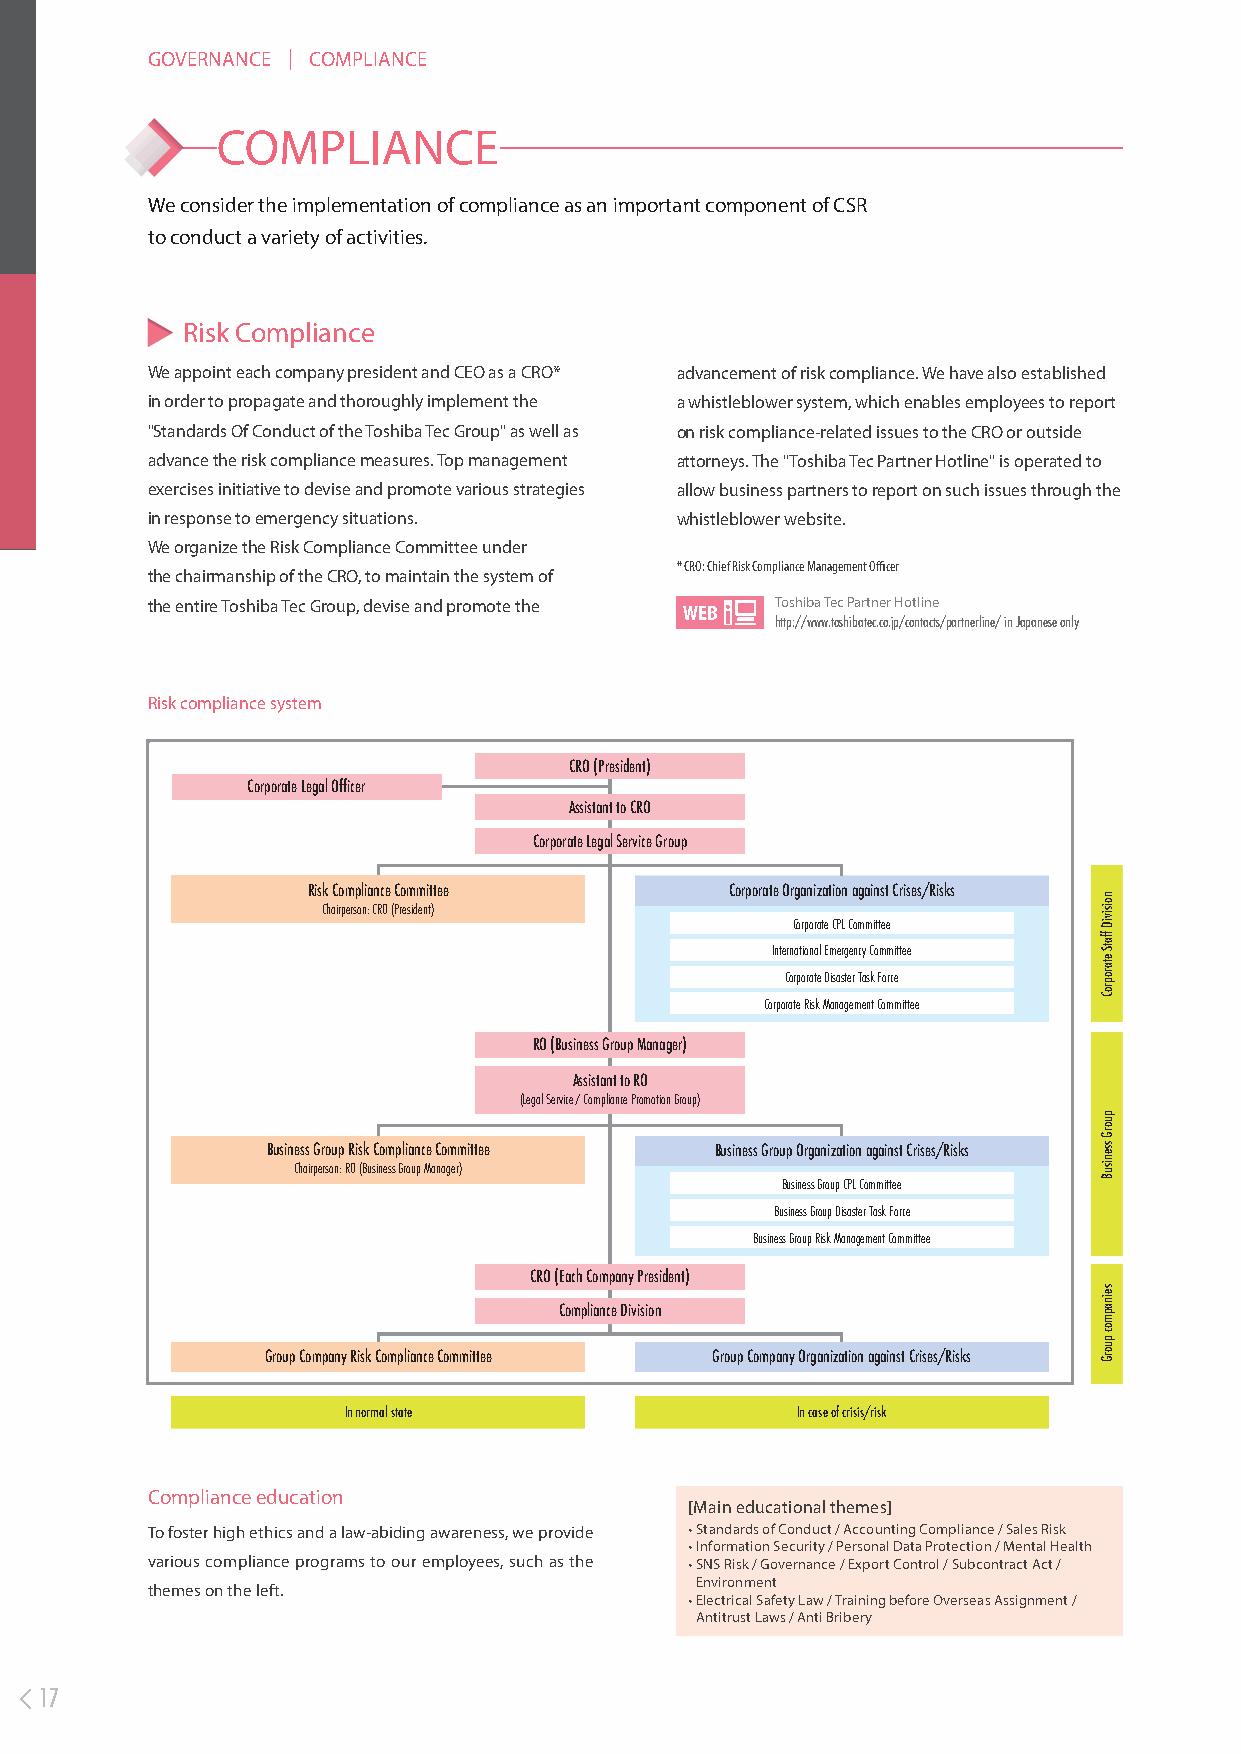
GOVERNANCE COMPLIANCE
 ｜
 COMPLIANCE
 We consider the implementation of compliance as an important component of CSR
 to conduct a variety of activities.
 Risk Compliance
 We appoint each company president and CEO as a CRO* advancement of risk compliance. We have also established
 in order to propagate and thoroughly implement the a whistleblower system, which enables employees to report
 "Standards Of Conduct of the Toshiba Tec Group" as well as on risk compliance-related issues to the CRO or outside
 advance the risk compliance measures. Top management attorneys. The "Toshiba Tec Partner Hotline" is operated to
 exercises initiative to devise and promote various strategies allow business partners to report on such issues through the
 in response to emergency situations. whistleblower website.
 We organize the Risk Compliance Committee under
 * CRO: Chief Risk Compliance Management Officer
 the chairmanship of the CRO, to maintain the system of
 the entire Toshiba Tec Group, devise and promote the Toshiba Tec Partner Hotline
 http://www.toshibatec.co.jp/contacts/partnerline/ in Japanese only
 Risk compliance system
 CRO (President)
 Corporate Legal Officer
 Assistant to CRO
 Corporate Legal Service Group
 Risk Compliance Committee   Corporate Organization against Crises/Risks
 Chairperson: CRO (President)
 Corporate CPL Committee
 International Emergency Committee
 Corporate Disaster Task Force
 Corporate Risk Management Committee
 RO (Business Group Manager)
 Assistant to RO
 (Legal Service / Compliance Promotion Group)
 Business Group Risk Compliance Committee Business Group Organization against Crises/Risks
 Chairperson: RO (Business Group Manager)
 Business Group CPL Committee
 Business Group Disaster Task Force
 Business Group Risk Management Committee
 CRO (Each Company President)
 Compliance Division
 Group Company Risk Compliance Committee Group Company Organization against Crises/Risks
 In normal state               In case of crisis/risk
 Compliance education
 [Main educational themes]
 To foster high ethics and a law-abiding awareness, we provide • Standards of Conduct / Accounting Compliance / Sales Risk
 • Information Security / Personal Data Protection / Mental Health
 various compliance programs to our employees, such as the • SNS Risk / Governance / Export Control / Subcontract Act /
 Environment
 themes on the left.
 • Electrical Safety Law / Training before Overseas Assignment /
 Antitrust Laws / Anti Bribery
 17
 noisiviD
 ffatS
 etaroproC
 puorG
 ssenisuB
 seinapmoc
 puorG